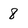
Character: 8